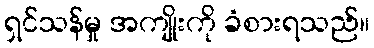
ရှင်သန်မှု အကျိုးကို ခံစားရသည်။